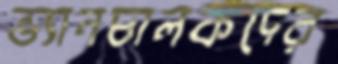
ভ্যানচালকদের